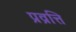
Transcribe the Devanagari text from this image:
प्रव्रत्ति